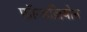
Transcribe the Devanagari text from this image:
फ़ॉन्डज़ियोन